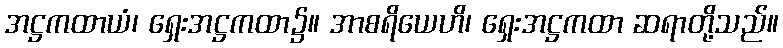
အဋ္ဌကထာယံ၊ ရှေးအဋ္ဌကထာ၌။ အာစရိယေဟိ၊ ရှေးအဋ္ဌကထာ ဆရာတို့သည်။